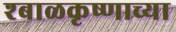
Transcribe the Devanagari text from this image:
श्बाळकृष्णाच्या